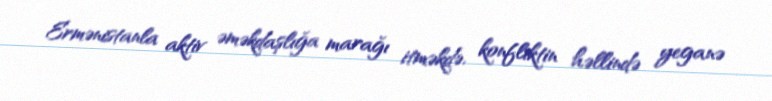
Ermənistanla aktiv əməkdaşlığa marağı itməkdə, konfliktin həllində yeganə